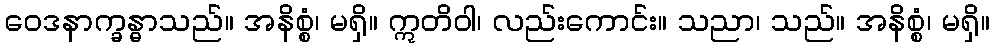
ဝေဒနာက္ခန္ဓာသည်။ အနိစ္စံ၊ မရှိ။ ဣတိဝါ၊ လည်းကောင်း။ သညာ၊ သည်။ အနိစ္စံ၊ မရှိ။